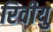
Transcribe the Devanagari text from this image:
रिवीयु